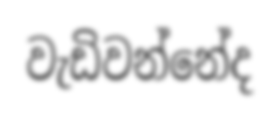
වැඩිවන්නේද